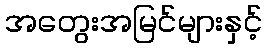
အတွေးအမြင်များနှင့်